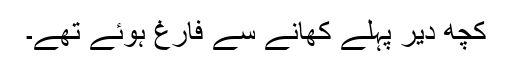
کچھ دیر پہلے کھانے سے فارغ ہوئے تھے۔